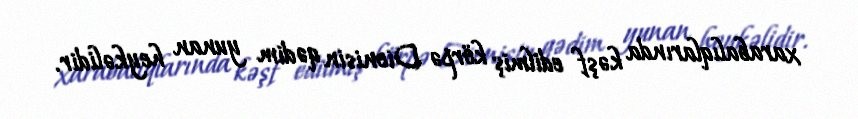
xarabalıqlarında kəşf edilmiş körpə Dionisin qədim yunan heykəlidir.